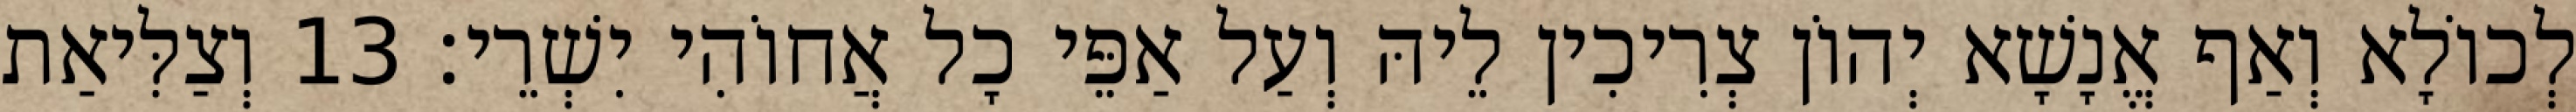
לְכוֹלָא וְאַף אֱנָשָׁא יְהוֹן צְרִיכִין לֵיהּ וְעַל אַפֵּי כָל אֲחוֹהִי יִשְׁרֵי׃ 13 וְצַלִּיאַת